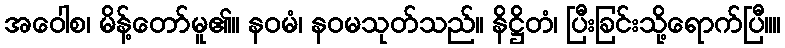
အဝေါစ၊ မိန့်တော်မူ၏။ နဝမံ၊ နဝမသုတ်သည်။ နိဋ္ဌိတံ၊ ပြီးခြင်းသို့ရောက်ပြီ။။